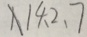
X 1 4 、 2 、 7